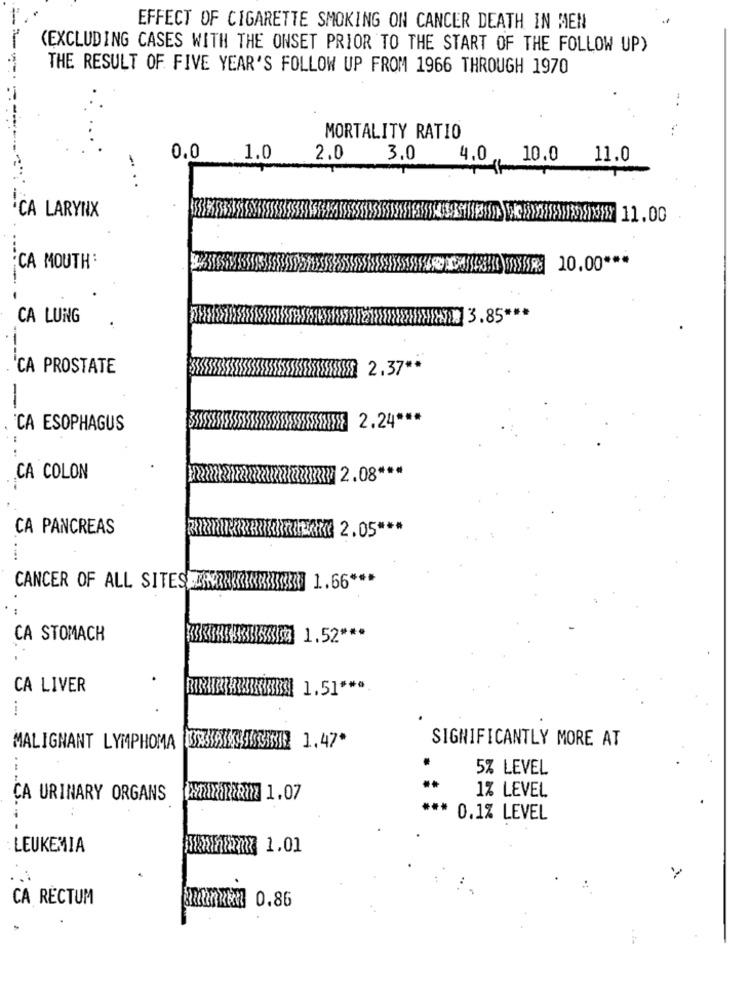
EFFECT OF CIGARETTE SMOKING ON CANCER DEATH IN MEN
(EXCLUDING CASES WITH THE ONSET PRIOR TO THE START OF THE FOLLOW UP)
THE RESULT OF FIVE YEAR'S FOLLOW UP FROM 1966 THROUGH 1970
MORTALITY RATIO
0.0
1.0
2.0
3.0
4.0 10.0 11.0
....
CA LARYNX
CA MOUTH:
ICHHAB 1 10.00 ***
---
CA LUNG
-
CA PROSTATE
--
2.24 ***
CA ESOPHAGUS
CA COLON
CA PANCREAS
...
CANCER OF ALL SITES RANK **** KU 1.66 ***
CA STOMACH
3333333333183 1.52 ***
CA LIVER
RIBBRIK <<<<< 1.51 ***
...
SIGNIFICANTLY MORE AT
MALIGNANT LYMPHOMA
133319333438 1.47*
5% LEVEL
CA URINARY ORGANS
1% LEVEL
*** 0.1% LEVEL
LEUKEMIA
YXxThanx 1.01
CA RECTUM
2x20xKM 0.86